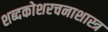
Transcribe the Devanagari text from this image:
शब्दकोशरचनाशास्त्र